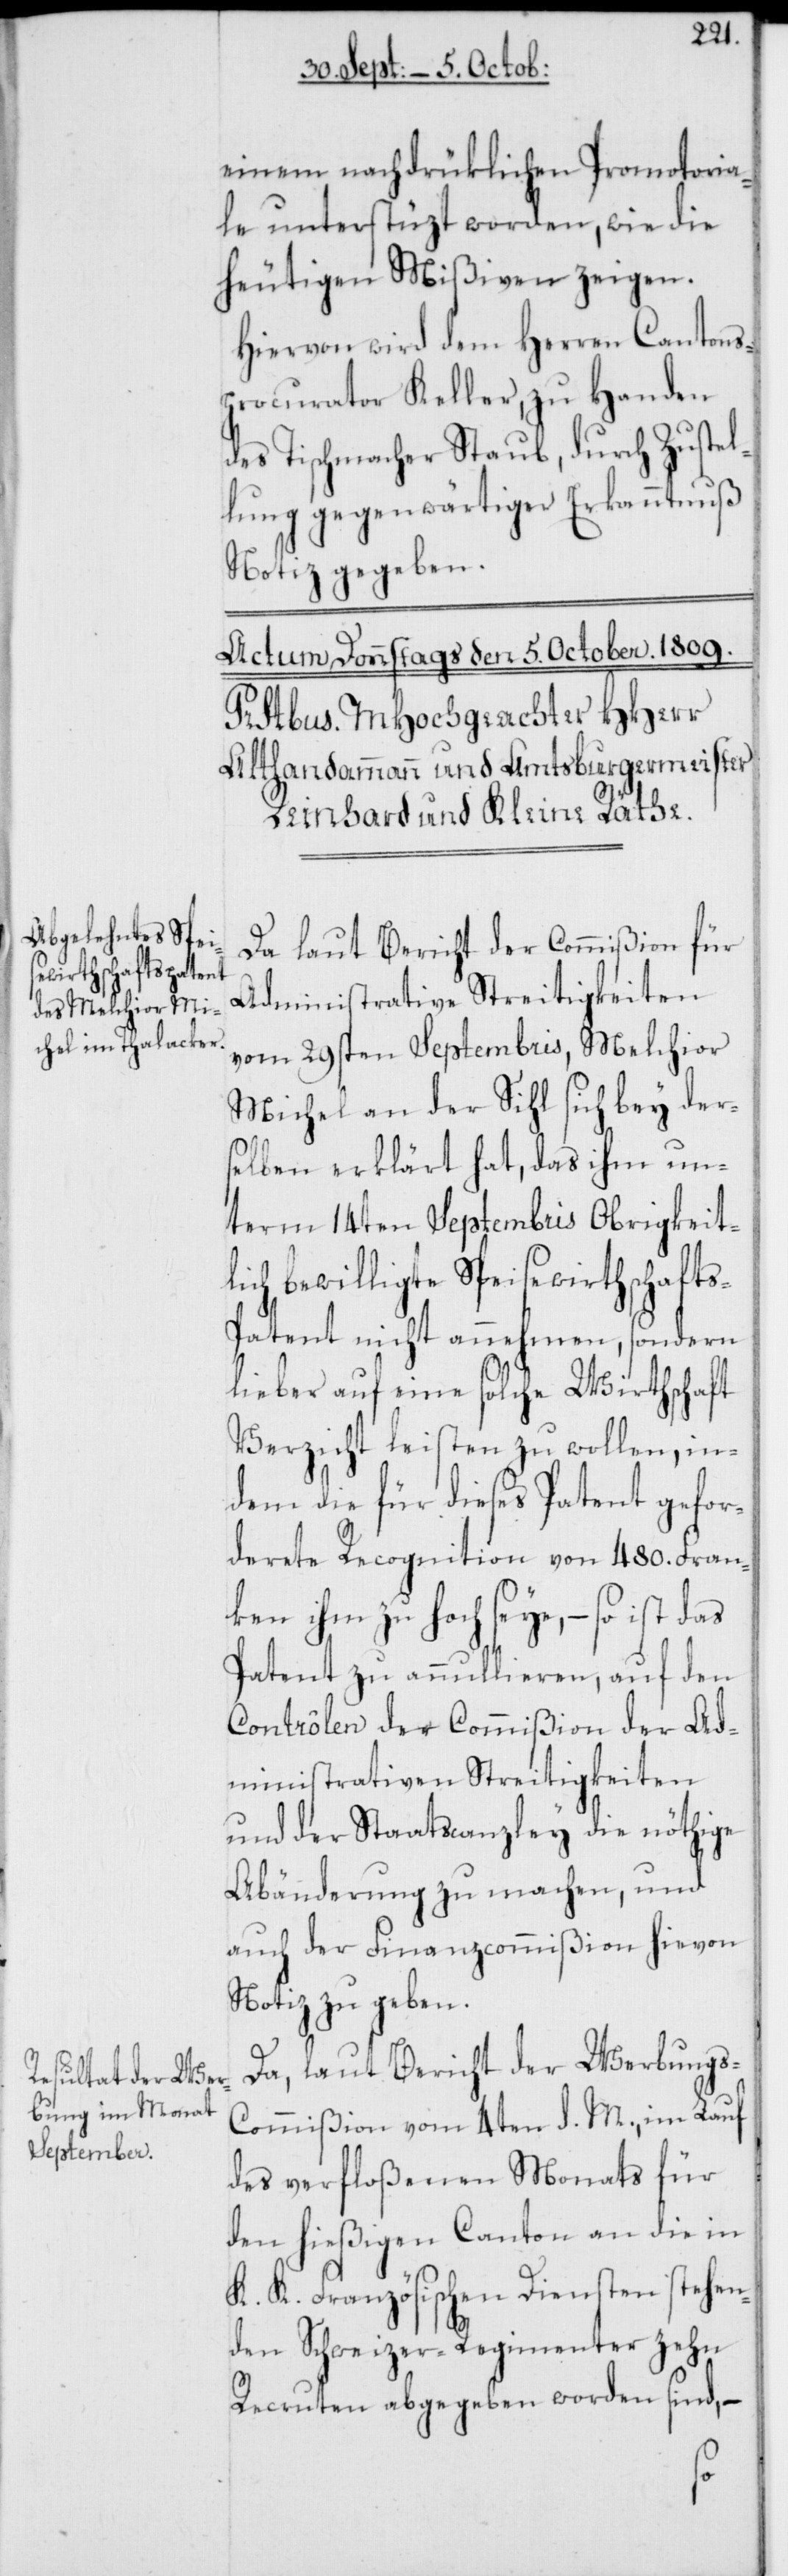
einem nachdrüklichen Promotoria¬
le unterstüzt worden, wie die
heutigen Mißiven zeigen.
Hiervon wird dem Herren Cantons¬
procurator Keller, zu Handen
des Tischmacher Staub, durch Zustel¬
lung gegenwärtiger Erkanntnuß
Notiz gegeben.
Da laut Bericht der Commißion für
Administrative Streitigkeiten
vom 29sten Septembris, Melchior
Michel an der Sihl sich bey der¬
selben erklärt hat, das ihm un¬
term 14ten Septembris Obrigkeit¬
lich bewilligte Speisewirthschaft¬
s-Patent nicht annehmen, sondern
lieber auf eine solche Wirthschaft
Verzicht leisten zu wollen, in¬
dem die für dieses Patent gefor¬
derete Recognition von 480. Fran¬
ken ihm zu hoch seye, – so ist das
Patent zu annullieren, auf den
Contrôlen der Commißion der Ad¬
ministrativen Streitigkeiten
und der Staatscanzley die nöthige
Abänderung zu machen, und
auch der Finanzcommißion hievon
Notiz zu geben.
Da, laut Bericht der Werbungs-C¬
ommißion vom 4ten d. M., im Lauf
des verfloßenen Monats für
den hießigen Canton an die in
K. K. Französischen Diensten stehen¬
den Schweizer-Regimenter zehn
Recruten abgegeben worden sind, –